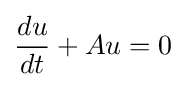
{\frac {du}{dt}}+Au=0